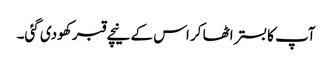
آپ کا بستر اٹھا کر اس کے نیچے قبر کھودی گئی۔